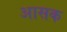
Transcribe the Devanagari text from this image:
आसक